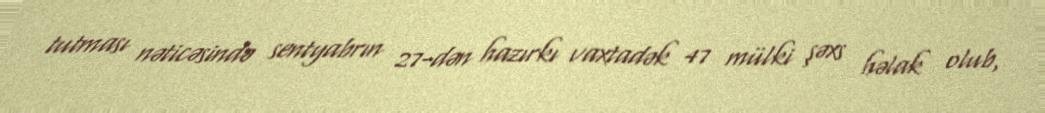
tutması nəticəsində sentyabrın 27-dən hazırkı vaxtadək 47 mülki şəxs həlak olub,